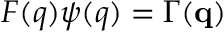
F ( q ) \psi ( q ) = \Gamma ( { \bf q } )